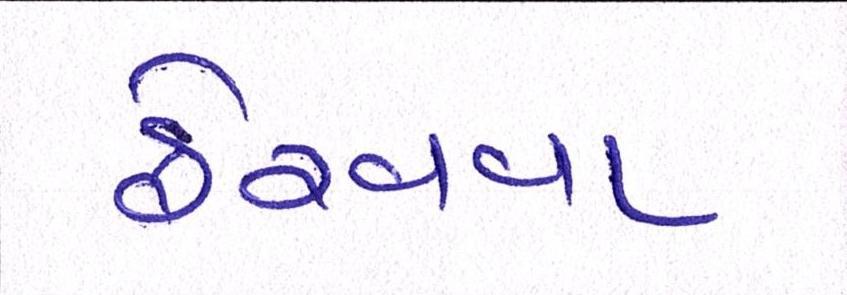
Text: ફેરવવા